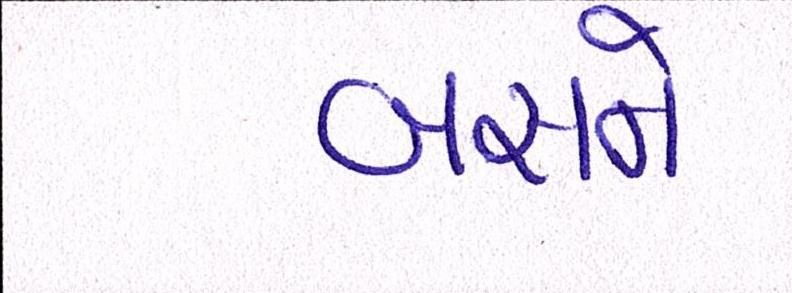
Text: બસને